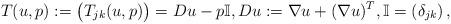
LaTeX: \begin{align*}T(u,p):=\big(T_{jk}(u,p)\big)=Du-p\mathbb I, Du:=\nabla u+(\nabla u)^T, \mathbb I=\left(\delta_{jk}\right),\end{align*}